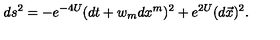
d s ^ { 2 } = - e ^ { - 4 U } ( d t + w _ { m } d x ^ { m } ) ^ { 2 } + e ^ { 2 U } ( d \vec { x } ) ^ { 2 } .